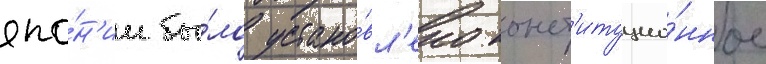
япо́н'ии бы́ло устано́вл'ено конст'итуцио́нное